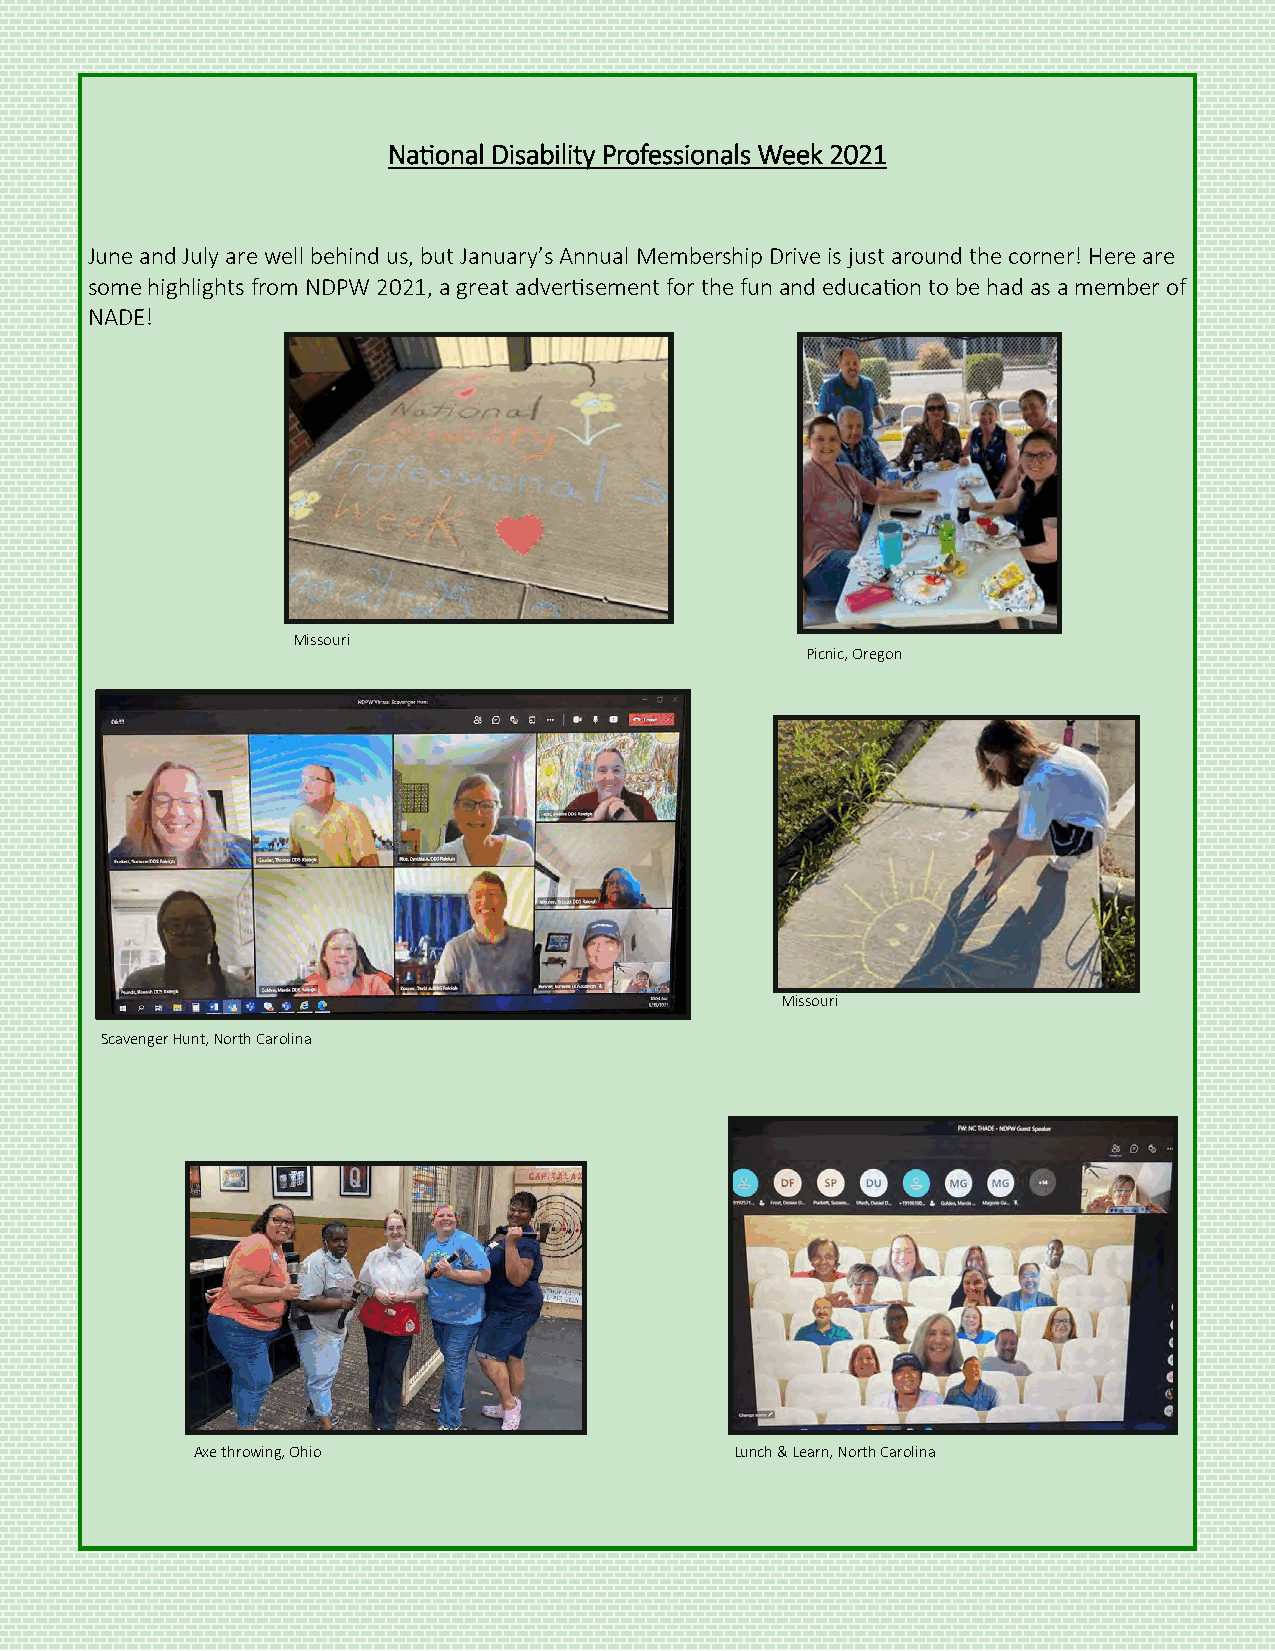
National Disability Professionals Week 2021
 June and July are well behind us, but January’s Annual Membership Drive is just around the corner! Here are
 some highlights from NDPW 2021, a great advertisement for the fun and education to be had as a member of
 NADE!
 Missouri
 Picnic, Oregon
 Missouri
 Scavenger Hunt, North Carolina
 Axe throwing, Ohio                  Lunch & Learn, North Carolina